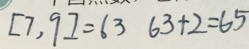
[ 7 , 9 ] = 6 3 6 3 + 2 = 6 5